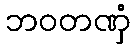
ဘဝတဏှံ